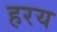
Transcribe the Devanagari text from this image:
हरय